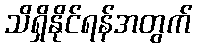
သိရှိနိုင်ရန်အတွက်